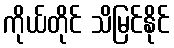
ကိုယ်တိုင် သိမြင်နိုင်